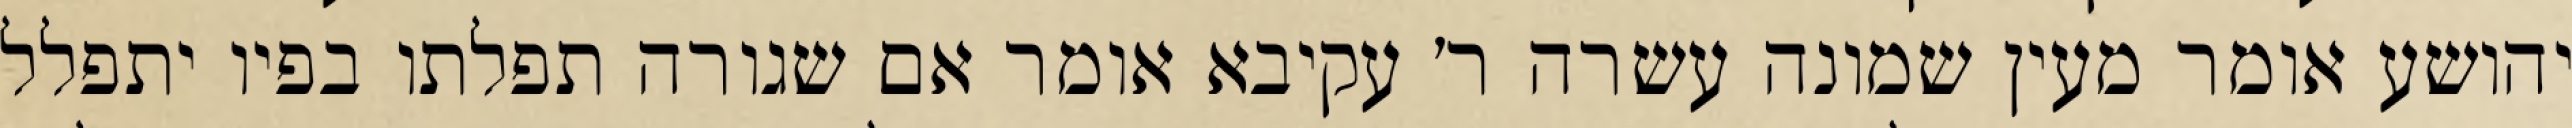
יהושע אומר מעין שמונה עשרה ר׳ עקיבא אומר אם שגורה תפלתו בפיו יתפלל